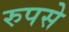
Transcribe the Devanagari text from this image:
रुपसे